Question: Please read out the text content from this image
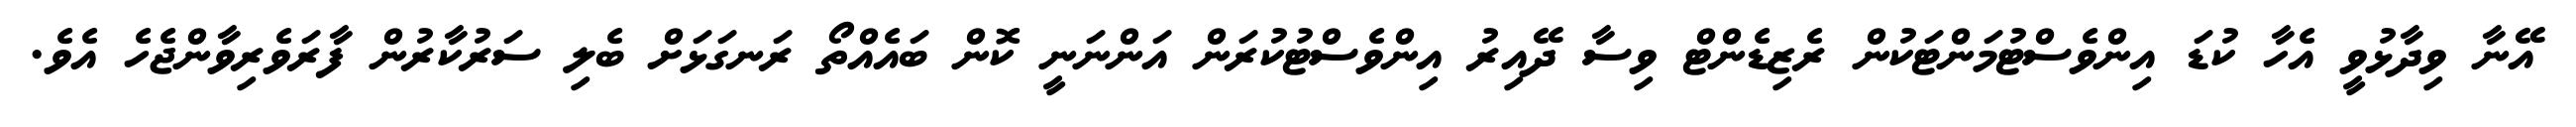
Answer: އޭނާ ވިދާޅުވީ އެހާ ކުޑަ އިންވެސްޓުމަންޓަކުން ރެޒިޑެންޓް ވިސާ ދޭއިރު އިންވެސްޓުކުރަން އަންނަނީ ކޮން ބައެއްތޯ ރަނގަޅަށް ބެލި ސަރުކާރުން ފާރަވެރިވާންޖެހެ އެވެ.